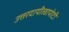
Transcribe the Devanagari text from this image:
उत्तरदायीत्वापोटी